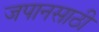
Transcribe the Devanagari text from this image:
जपानसाठी